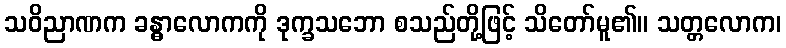
သဝိညာဏက ခန္ဓာလောကကို ဒုက္ခသဘော စသည်တို့ဖြင့် သိတော်မူ၏။ သတ္တလောက၊